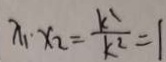
x _ { 1 } \cdot x _ { 2 } = \frac { k ^ { 1 } } { k ^ { 2 } } = 1